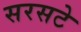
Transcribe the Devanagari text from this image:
सरसटे